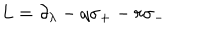
LaTeX: L = \partial _ { \lambda } - q \sigma _ { + } - r \sigma _ { - }